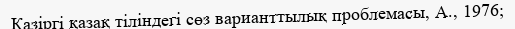
Қазіргі қазақ тіліндегі сөз варианттылық проблемасы, А., 1976;